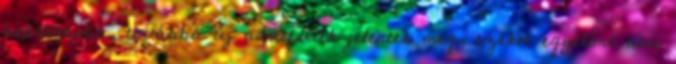
beállításba, továbbá új adatfülek jelentek meg, ezeket egyelőre nem